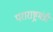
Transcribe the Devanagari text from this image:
पराराष्ट्रमंत्री